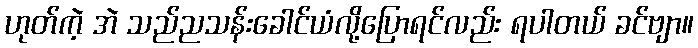
ဟုတ်ကဲ့ အဲ သည်ညသန်းခေါင်ယံလို့ပြောရင်လည်း ရပါတယ် ခင်ဗျာ။